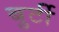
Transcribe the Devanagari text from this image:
बुर्टी